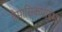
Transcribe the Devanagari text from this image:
त्रैमासिकप्रारंभ